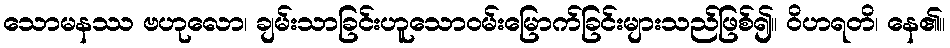
သောမနဿ ဗဟုလော၊ ချမ်းသာခြင်းဟူသောဝမ်းမြောက်ခြင်းများသည်ဖြစ်၍။ ဝိဟရတိ၊ နေ၏။